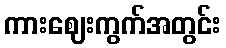
ကားဈေးကွက်အတွင်း